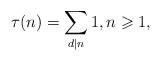
LaTeX: \begin{align*}\tau(n)=\sum_{d|n} 1, n\geqslant 1,\end{align*}